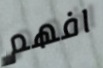
افهم